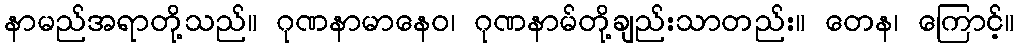
နာမည်အရာတို့သည်။ ဂုဏနာမာနေဝ၊ ဂုဏနာမ်တို့ချည်းသာတည်း။ တေန၊ ကြောင့်။